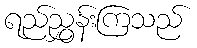
ရည်ညွှန်းကြသည်